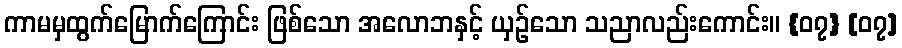
ကာမမှထွက်မြောက်ကြောင်း ဖြစ်သော အလောဘနှင့် ယှဉ်သော သညာလည်းကောင်း။ {၀၇} [၀၇]